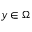
y \in \Omega